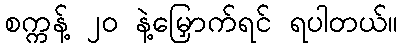
စက္ကန့် ၂၀ နဲ့မြှောက်ရင် ရပါတယ်။